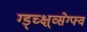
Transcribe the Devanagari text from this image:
ग्ड्च्क्ष्व्सेग्फ्व